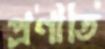
প্রণীতি